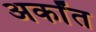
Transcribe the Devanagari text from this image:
अर्कांत